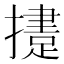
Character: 𢶝